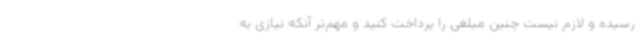
رسیده و لازم نیست چنین مبلغی را پرداخت کنید و مهم‌تر آنکه نیازی به